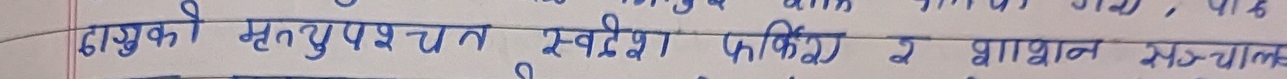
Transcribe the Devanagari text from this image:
दाजुको मृत्युपश्चात स्वदेश फर्केका र प्रशासन संन्चालन